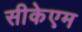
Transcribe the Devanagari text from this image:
सीकेएम